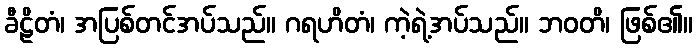
ခီဠိတံ၊ အပြစ်တင်အပ်သည်။ ဂရဟိတံ၊ ကဲ့ရဲ့အပ်သည်။ ဘဝတိ၊ ဖြစ်၏။